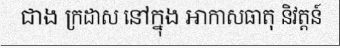
ជាង ក្រដាស នៅក្នុង អាកាសធាតុ និវត្តន៍